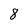
Character: 8